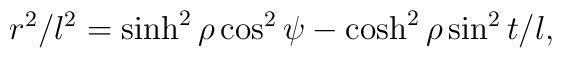
r^2/l^2 = \sinh^2 \rho \cos^2 \psi - \cosh^2 \rho \sin^2 t/l,